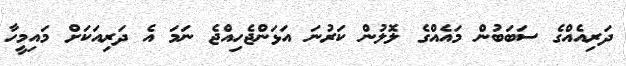
ދަރިއެއްގެ ސަބަބުން މައެއްގެ ލޮލުން ކަރުނަ އަޅަންޖެހިއްޖެ ނަމަ އެ ދަރިއަކަށް މައިމީހާ